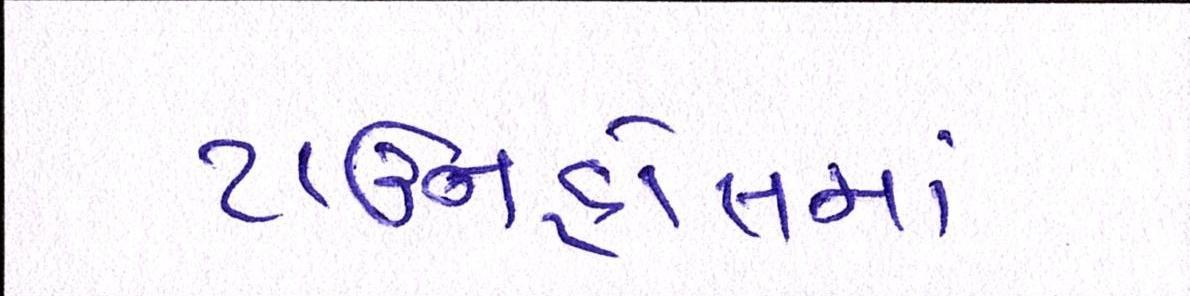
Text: ટાઉનહોલમાં